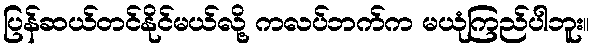
ပြန်ဆယ်တင်နိုင်မယ်လို့ ကလပ်ဘက်က မယုံကြည်ပါဘူး။